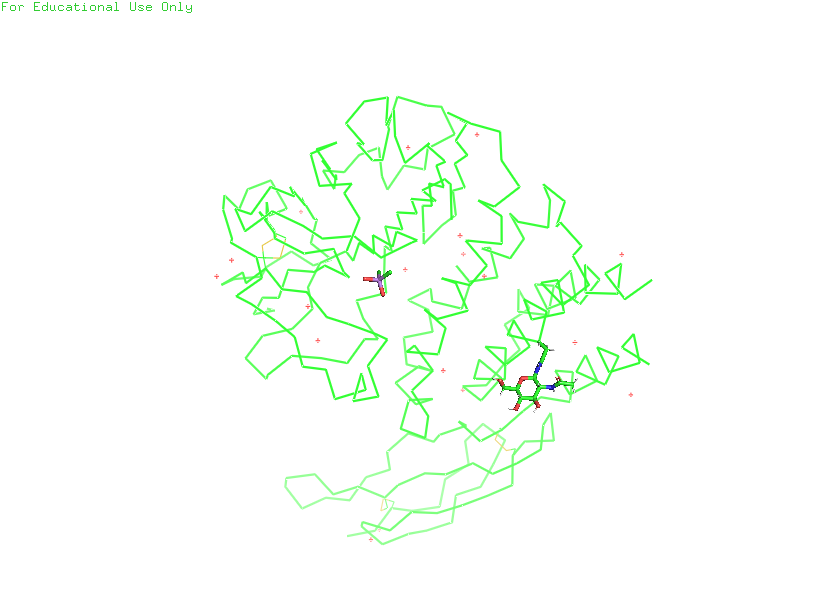
pymol, preset, simple